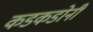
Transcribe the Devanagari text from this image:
कडकडोनी